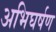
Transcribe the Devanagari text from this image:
अभिघर्षण